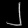
Digit: ၂